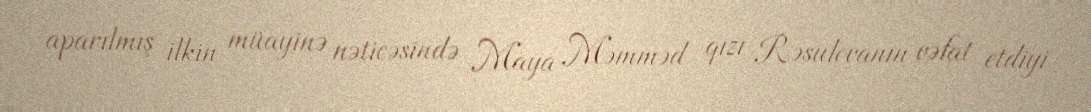
aparılmış ilkin müayinə nəticəsində Maya Məmməd qızı Rəsulovanın vəfat etdiyi